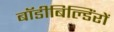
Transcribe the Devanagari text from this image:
बॉडीबिल्डिंरों